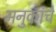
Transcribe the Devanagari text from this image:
मनुकांचे